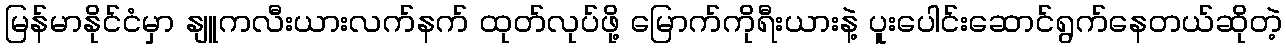
မြန်မာနိုင်ငံမှာ နျူကလီးယားလက်နက် ထုတ်လုပ်ဖို့ မြောက်ကိုရီးယားနဲ့ ပူးပေါင်းဆောင်ရွက်နေတယ်ဆိုတဲ့